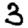
Digit: 3